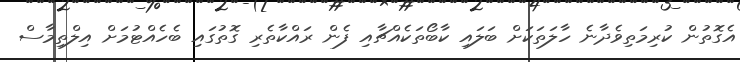
އެގޮތުން ކުރިމަތިވެދާނެ ހާލަތަކަށް ބަލައި ކާބޯތަކެއްޗާއި ފެން ރައްކާތެރި ގޮތުގައި ބެހެއްޓުމަށް އިލްތިމާސް